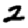
Digit: 2